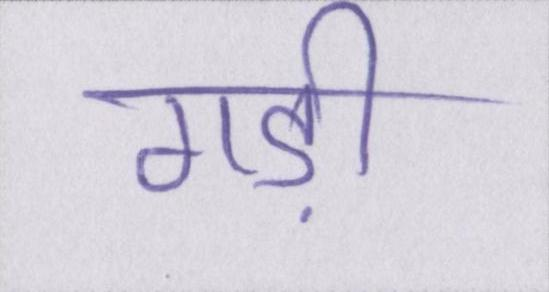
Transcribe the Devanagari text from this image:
गड़ी